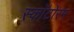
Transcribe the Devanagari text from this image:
स्कॉटोरम